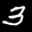
Label: 3